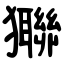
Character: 㺦